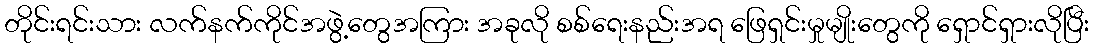
တိုင်းရင်းသား လက်နက်ကိုင်အဖွဲ့တွေအကြား အခုလို စစ်ရေးနည်းအရ ဖြေရှင်းမှုမျိုးတွေကို ရှောင်ရှားလိုပြီး